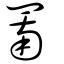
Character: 罱